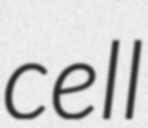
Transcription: cell